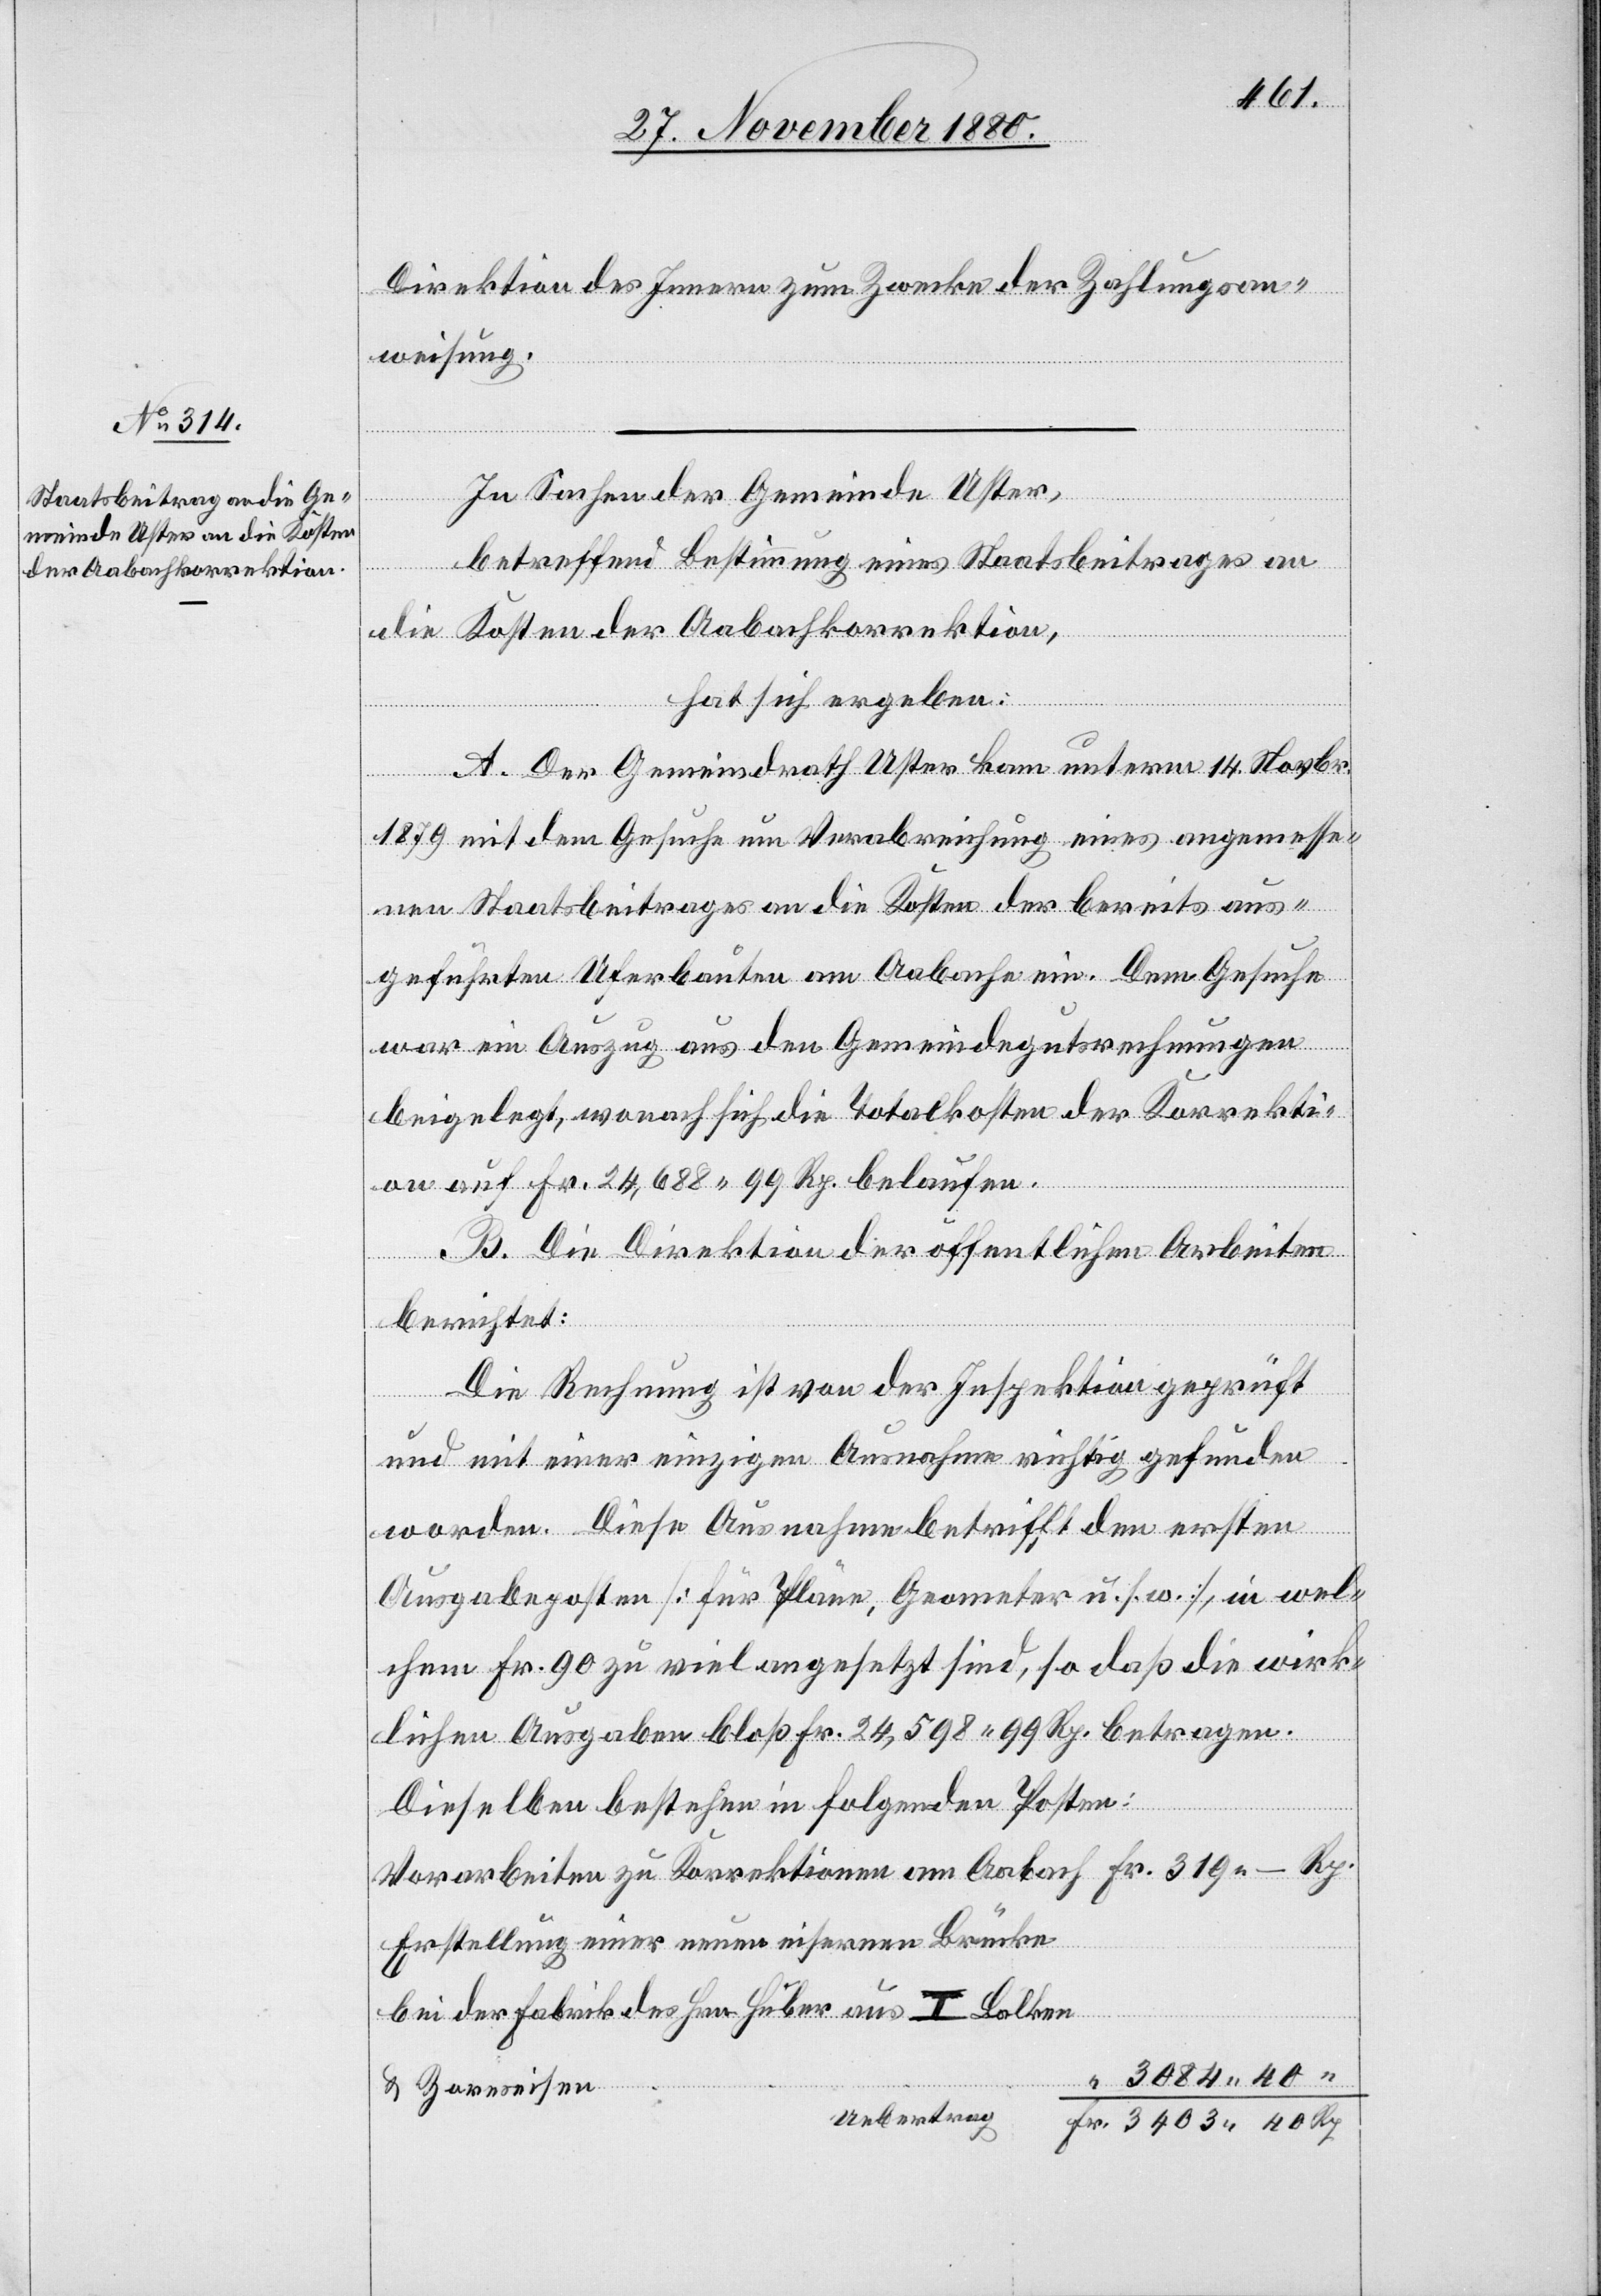
Direktion des Innern zum Zwecke der Zahlungsan¬
weisung.
Korrekti¬
am
In Sachen der Gemeinde Uster,
“
betreffend Bestimmung eines Staatsbeitrages an
die Kosten der Aabachkorrektion,
hat sich ergeben:
A. Der Gemeindrath Uster kam unterm 14. Novbr.
1879 mit dem Gesuche um Verabreichung eines angemesse¬
nen Staatsbeitrages an die Kosten der bereits aus¬
geführten Uferbauten am Aabache ein. Dem Gesuche
war ein Auszug aus den Gemeindegutsrechnungen
beigelegt, wonach sich die Totalkosten der Korrekti¬
on auf Fr. 24,688 99 Rp. belaufen.
B. Die Direktion der öffentlichen Arbeiten
Rp.
berichtet:
Die Rechnung ist von der Inspektion geprüft
und mit einer einzigen Ausnahme richtig gefunden
worden. Diese Ausnahme betrifft den ersten
Ausgabenposten [für Pläne, Geometer u. s. w.], in wel¬
chem Fr. 90 zu viel angesetzt sind, so daß die wirk¬
lichen Ausgaben bloß Fr. 24,598 99 betragen.
Dieselben bestehen in folgenden Posten:
Erstellung einer neuen eisernen Brücke
bei der Fabrik des Hrn. Huber aus T Balken
& Zoreseisen